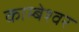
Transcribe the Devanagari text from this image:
काम्बेश्वर